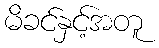
မိခင်နှင့်အတူ